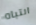
انتباه